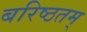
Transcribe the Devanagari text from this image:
बरिष्ठतम्